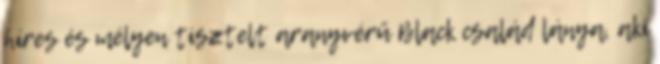
híres és mélyen tisztelt aranyvérű Black család lánya, aki